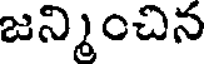
జన్మించిన